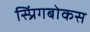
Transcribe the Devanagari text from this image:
स्प्रिंगबोकस